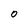
Character: 0